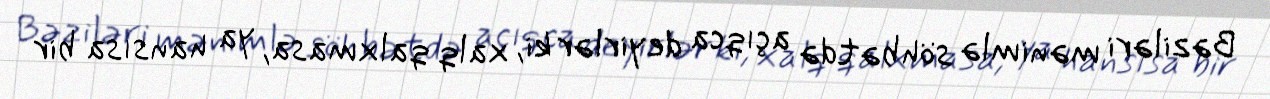
Bəziləri mənimlə söhbətdə açıqca deyirlər ki, xalq qalxmasa, ya hansısa bir